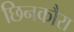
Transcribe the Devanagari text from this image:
छिनकौरा